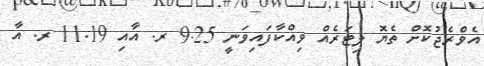
އެވްރެޖުކޮށް ތެޔޮ ލިޓަރެއް ވިއްކާފައިވަނީ 9.25 ރ. އާއި 11.19 ރ. އާ